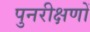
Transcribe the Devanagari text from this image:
पुनरीक्षणों